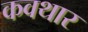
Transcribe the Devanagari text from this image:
कवथार